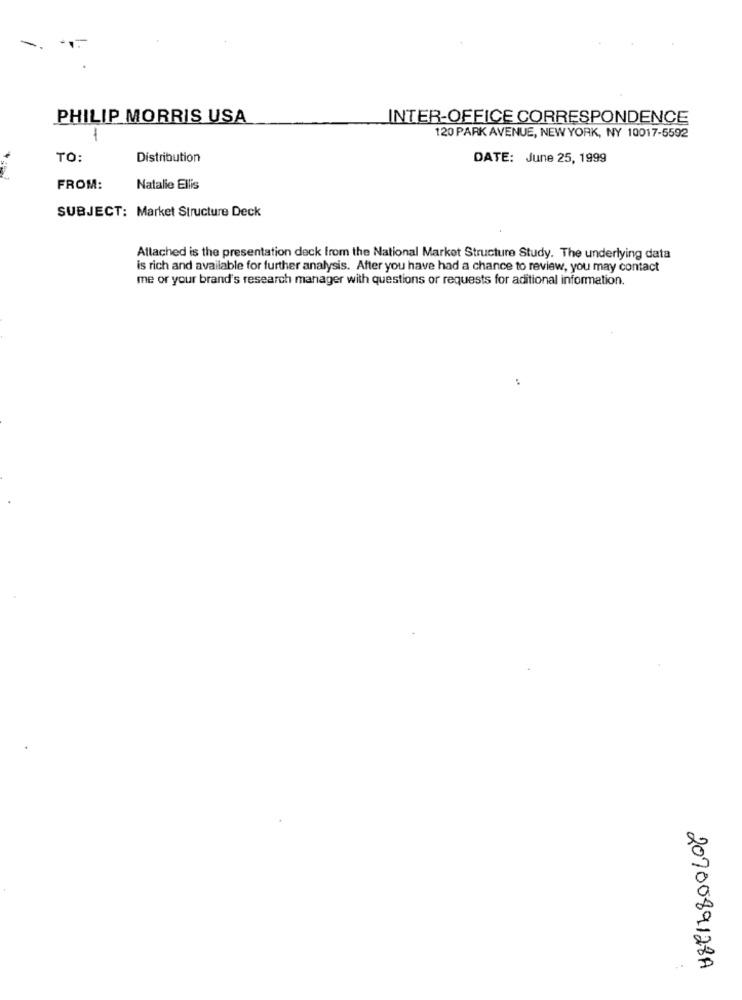
PHILIP MORRIS USA
INTER-OFFICE CORRESPONDENCE
-
120 PARK AVENUE, NEW YORK, NY 10017-5592
TO:
Distribution
DATE: June 25, 1999
FROM:
Natalie Ellis
SUBJECT: Market Structure Deck
Attached is the presentation deck from the National Market Structure Study. The underlying data
is rich and available for further analysis. After you have had a chance to review, you may contact
me or your brand's research manager with questions or requests for aditional information.
2070089128A